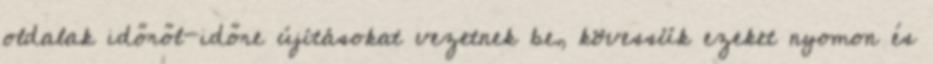
oldalak időről-időre újításokat vezetnek be, kövessük ezeket nyomon és